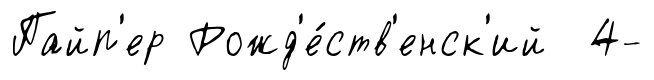
Пайп'ер Рожд'е́ств'енск'ий 4-